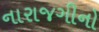
નારાજગીનો